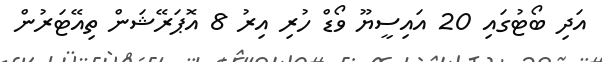
އަދި ބޯޓުގައި 20 އައިސީޔޫ ވޯޑް ހުރި އިރު 8 އޮޕަރޭޝަން ތިއޭޓަރުން